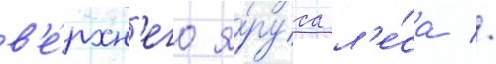
в'е́рхн'его я́руса л'е́са //